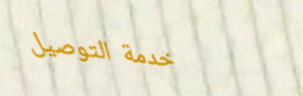
خدمة التوصيل